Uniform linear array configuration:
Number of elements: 64
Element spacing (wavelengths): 0.25
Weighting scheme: hamming
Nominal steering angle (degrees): -45
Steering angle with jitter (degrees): -45.751
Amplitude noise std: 0.05
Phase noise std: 0.05

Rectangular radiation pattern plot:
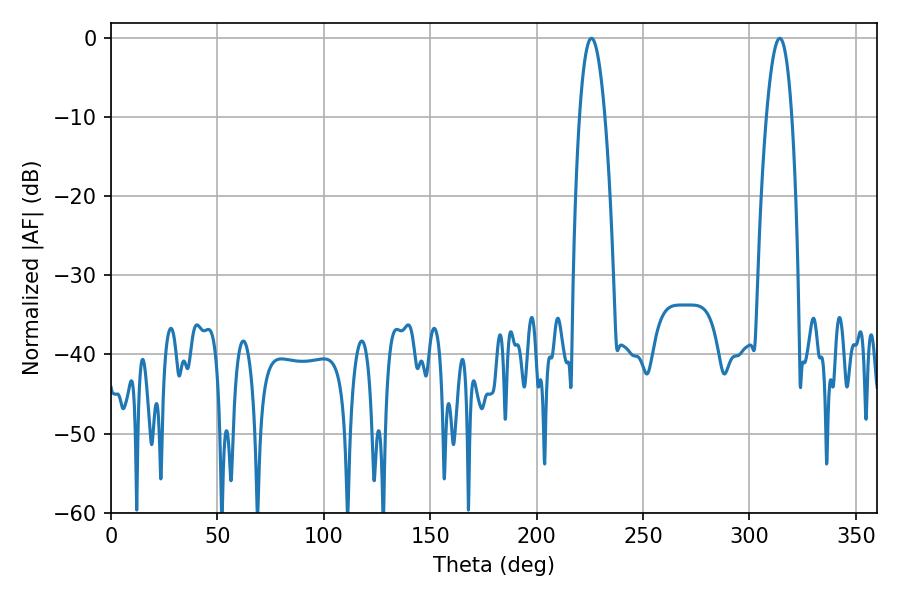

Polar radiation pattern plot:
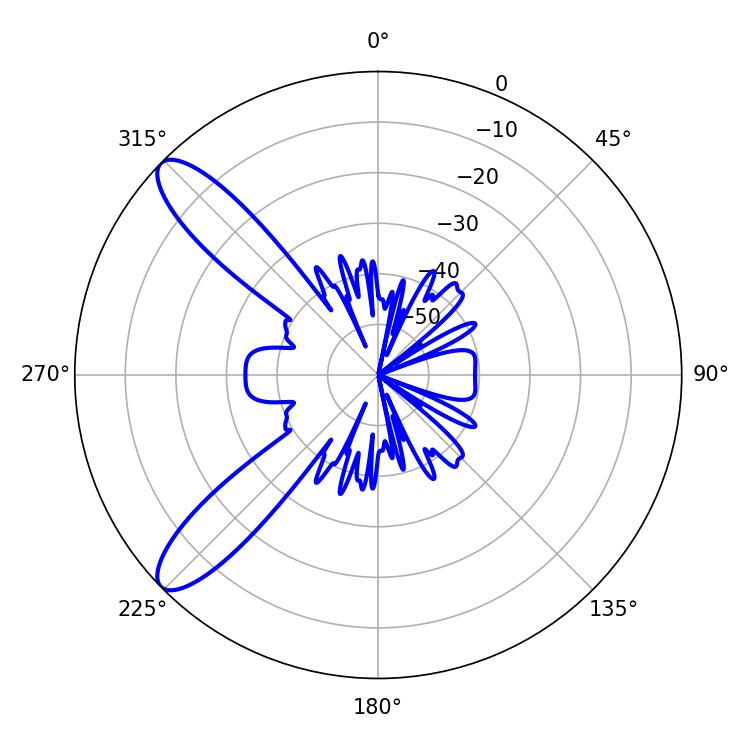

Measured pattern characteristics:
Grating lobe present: FALSE
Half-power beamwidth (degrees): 6.48
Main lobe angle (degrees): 225.72